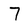
Character: 7